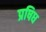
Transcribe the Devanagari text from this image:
प्रषिध